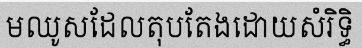
មឈូសដែលតុបតែងដោយសំរិទ្ធិ